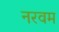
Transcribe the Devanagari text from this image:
नरवम